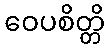
ဝေပစိတ္တိ